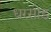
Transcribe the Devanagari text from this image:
धरसोड